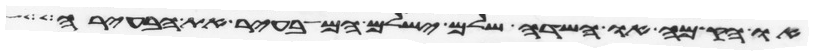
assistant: או הקמה או שדה שלם ישלם המבעיר את הבעירה